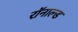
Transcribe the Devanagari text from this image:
रॉनाल्ड